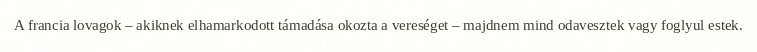
A francia lovagok – akiknek elhamarkodott támadása okozta a vereséget – majdnem mind odavesztek vagy foglyul estek.